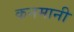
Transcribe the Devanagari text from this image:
कनमानी